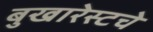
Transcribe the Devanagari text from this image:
बुखारेस्टचे